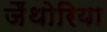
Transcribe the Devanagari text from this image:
जैंथोरिया